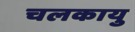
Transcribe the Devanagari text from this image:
चलकायु